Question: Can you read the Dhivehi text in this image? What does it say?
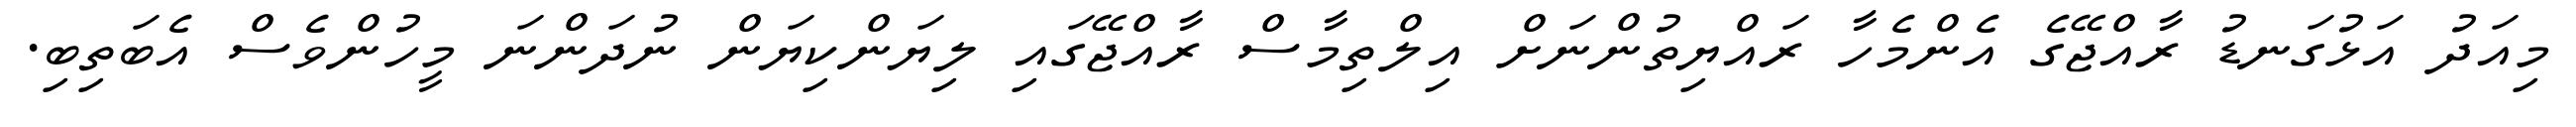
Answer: މިއަދު އަޅުގަނޑު ރާއްޖޭގެ އެންމެހާ ރައްޔިތުންނަށް އިލްތިމާސް ރާއްޖޭގައި ލިޔަންކިޔަން ނުދަންނަ މީހުންވެސް އެބަތިބި.